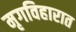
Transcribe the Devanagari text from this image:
मृगविहारात